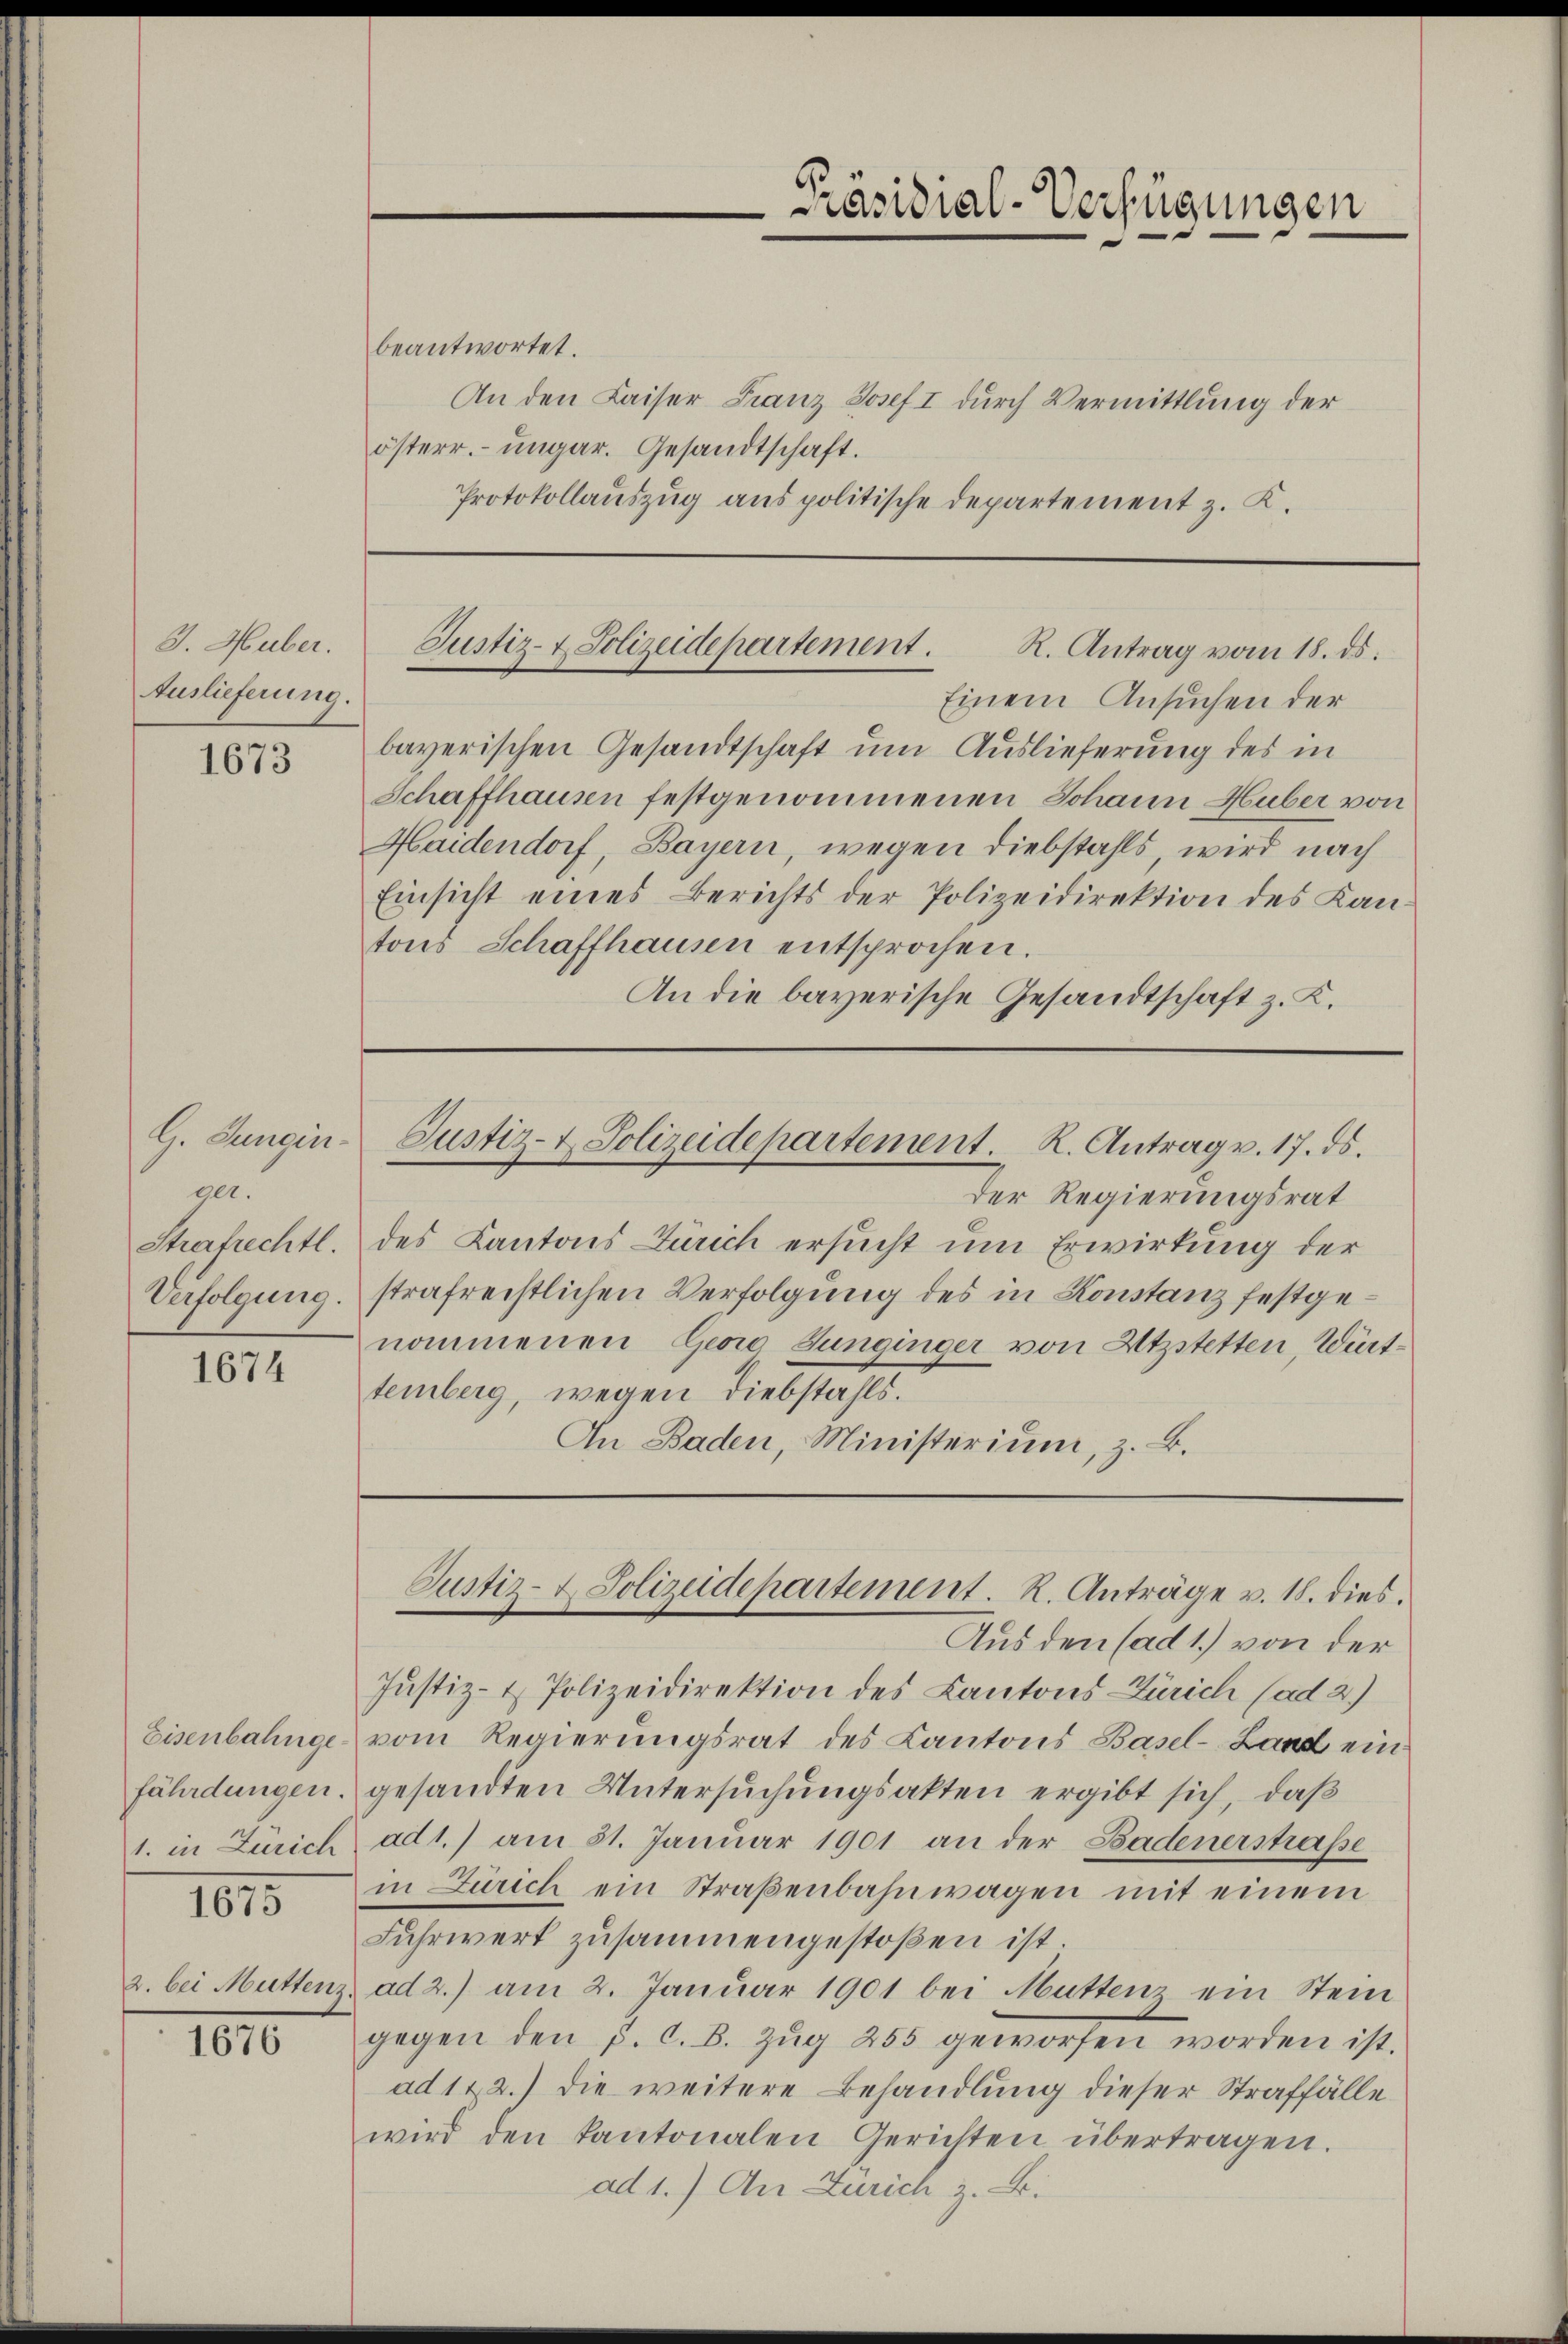
J. Huber.
Auslieferung.

1673

G. Jungin.
ge.
Strafrechtl.
Verfolgung.

1674

1015

1010.

2. bei Muttens.

beantwortet.
An den Kaiser Franz Josef I durch Vermittlung der
österr. ungar. Gesandtschaft.
Protokollauszug aus politische Departement z. K.

Einem Ansuchen der
bayerischen Gesandtschaft um Auslieferung des in
Schaffhausen festgenommenen Johann Huber von
Haidendorf, Bayern, wegen Diebstahls wird nach
Einsicht eines Berichts der Polizeidirektion des Kantons Schaffhausen entsprochen.
An die bayerische Gesandtschaft z. K.

Präsidial-Verfügungen

Justiz- & Polizeidepartement.
R. Antrag vom 18. ds.

Justiz- & Polizeidepartement. K. Antrag v. 17. ds.

Der Regierungsrat
des Kantons Zürich ersucht um Erwirkung der
strafreistlichen Verfolgung des in Konstanz festgenommenen Georg Junginger von Ätzstetten, Württemberg, wegen Diebstahls.
An Baden, Ministerium, z. B.

Justiz- u. Polizeidepartement. R. Anträge v. 18. dies.

Aus den (ad 1.) von der
Justiz- & Polizeidirektion des Kantons Zürich (ad 2.)
Eisenbahnge vom Regierungsrat des Cantons Basel-Land einfährdungen gesandten Untersuchungsakten ergibt sich, daß
1. in Zürich ad 1.) am 31. Januar 1901 an der Badenerstraße
in Zürich ein Straβenbahnwagen mit einem
Fuhrwert zusammengestoßen ist.
ad 2.) am 2. Januar 1901 bei Muttenz ein Stein
gegen den p. C. B. Zŭg 255 geworfen worden ist.
ad 122.) die weitere Behandlung dieser Straffälle
wird den Kantonalen Gerichten übertragen.
ad 1.) An Zürich z. B.